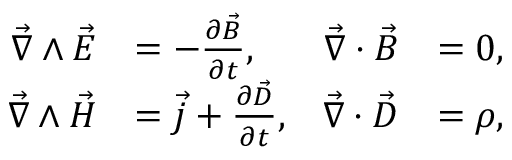
\begin{array} { r l r l } { \vec { \nabla } \wedge \vec { E } } & { = - \frac { \partial \vec { B } } { \partial t } , } & { \vec { \nabla } \cdot \vec { B } } & { = 0 , } \\ { \vec { \nabla } \wedge \vec { H } } & { = \vec { j } + \frac { \partial \vec { D } } { \partial t } , } & { \vec { \nabla } \cdot \vec { D } } & { = \rho , } \end{array}